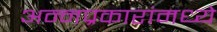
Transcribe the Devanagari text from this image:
अन्नप्रकारांमध्ये